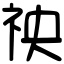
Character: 䄃